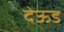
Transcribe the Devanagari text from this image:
देऊड